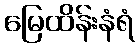
မြေထိန်းနံရံ